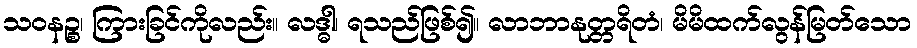
သဝနဉ္စ၊ ကြားခြင်ကိုလည်း။ လဒ္ဓါ၊ ရသည်ဖြစ်၍။ လာဘာနုတ္တရိတံ၊ မိမိထက်လွန်မြတ်သော